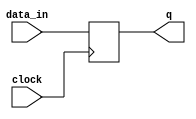
module d_flipflop (
  input wire data_in,
  input wire clock,
  output reg q
);

always @(posedge clock) begin
  q <= data_in;
end

endmodule